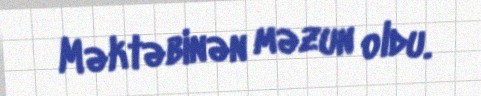
Məktəbinən məzun oldu.